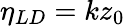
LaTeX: \eta_{LD}=kz_{0}